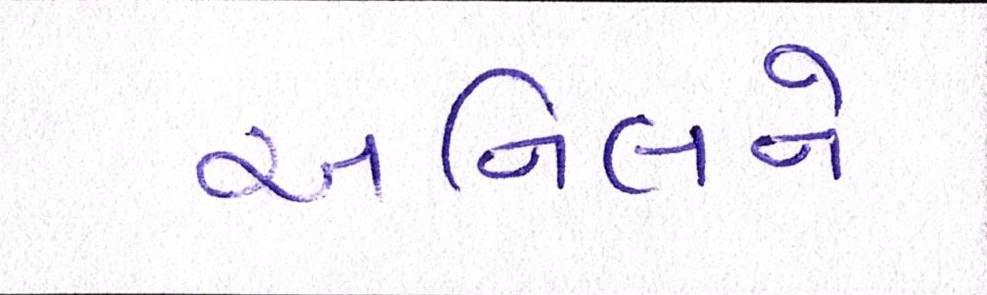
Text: અનિલને